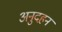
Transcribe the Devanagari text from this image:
अनुदहन